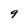
Character: 9